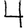
Digit: 4